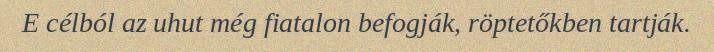
E célból az uhut még fiatalon befogják, röptetőkben tartják.